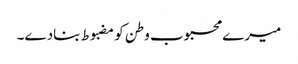
میرے محبوب وطن کو مضبوط بنادے۔